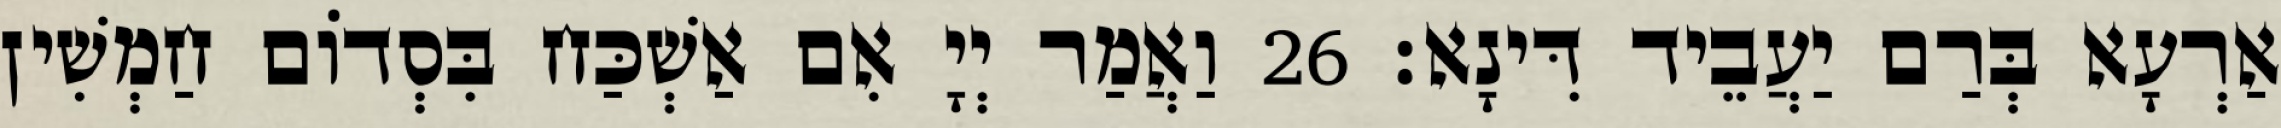
אַרְעָא בְּרַם יַעֲבֵיד דִּינָא׃ 26 וַאֲמַר יְיָ אִם אַשְׁכַּח בִּסְדוֹם חַמְשִׁין